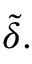
{ \tilde { \delta } } .